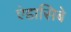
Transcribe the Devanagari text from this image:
एंडासिबे